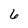
Character: 6